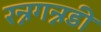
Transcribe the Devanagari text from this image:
रन्नगन्नडी